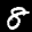
Label: 8